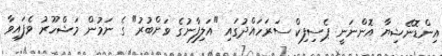
އިންޑޮނޭޝިޔާ އޮންނަނީ ޕެސިފިކް ސަރަހައްދުގައި "އަލިފާނުގެ ވަށްބުރު" ގެ ނަމުން މަޝްހޫރު ވެފައިވާ